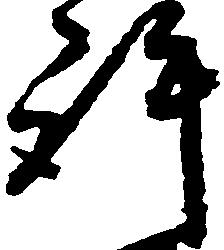
許